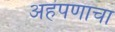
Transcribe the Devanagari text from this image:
अहंपणाचा